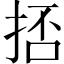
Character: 㧵